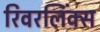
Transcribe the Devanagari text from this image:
रिवरलिंक्स